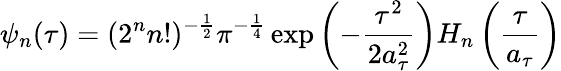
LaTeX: \psi_{n}(\tau)=(2^{n}n!)^{-\frac{1}{2}}\pi^{-\frac{1}{4}}\exp\left(-\frac{\tau^{2}}{2a_{\tau}^{2}}\right)H_{n}\left(\frac{\tau}{a_{\tau}}\right)